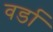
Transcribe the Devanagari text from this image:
वर्डा